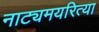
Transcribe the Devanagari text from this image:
नाट्यमयरित्या